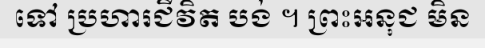
ទៅ ប្រហារជីវិត បង់ ។ ព្រះអនុជ មិន